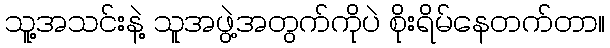
သူ့အသင်းနဲ့ သူအဖွဲ့အတွက်ကိုပဲ စိုးရိမ်နေတက်တာ။